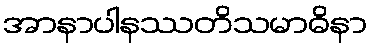
အာနာပါနဿတိသမာဓိနာ